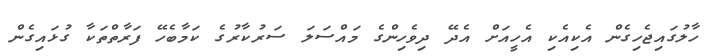
ހާލުގައިޖެހިގެން އެކިއެކި އެހީއަށް އެދޭ ދިވެހިންގެ މައްސަލަ ސަރުކާރުގެ ކަމާބެހޭ ފަރާތްތަކާ ގުޅައިގެން